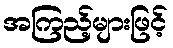
အကြည့်များဖြင့်